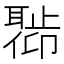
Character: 𬚣